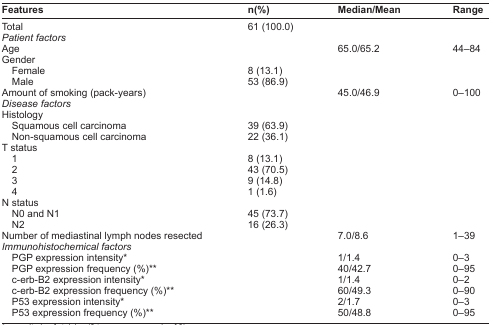
<table><thead><tr><td><b>Features</b></td><td><b>n(%)</b></td><td><b>Median/Mean</b></td><td><b>Range</b></td></tr></thead><tbody><tr><td>Total</td><td>61 (100.0)</td><td></td><td></td></tr><tr><td colspan="4"><i>Patient factors</i></td></tr><tr><td>Age</td><td></td><td>65.0/65.2</td><td>44–84</td></tr><tr><td colspan="4">Gender</td></tr><tr><td> Female</td><td>8 (13.1)</td><td></td><td></td></tr><tr><td> Male</td><td>53 (86.9)</td><td></td><td></td></tr><tr><td>Amount of smoking (pack-years)</td><td></td><td>45.0/46.9</td><td>0–100</td></tr><tr><td colspan="4"><i>Disease factors</i></td></tr><tr><td colspan="4">Histology</td></tr><tr><td> Squamous cell carcinoma</td><td>39 (63.9)</td><td></td><td></td></tr><tr><td> Non-squamous cell carcinoma</td><td>22 (36.1)</td><td></td><td></td></tr><tr><td colspan="4">T status</td></tr><tr><td> 1</td><td>8 (13.1)</td><td></td><td></td></tr><tr><td> 2</td><td>43 (70.5)</td><td></td><td></td></tr><tr><td> 3</td><td>9 (14.8)</td><td></td><td></td></tr><tr><td> 4</td><td>1 (1.6)</td><td></td><td></td></tr><tr><td colspan="4">N status</td></tr><tr><td> N0 and N1</td><td>45 (73.7)</td><td></td><td></td></tr><tr><td> N2</td><td>16 (26.3)</td><td></td><td></td></tr><tr><td>Number of mediastinal lymph nodes resected</td><td></td><td>7.0/8.6</td><td>1–39</td></tr><tr><td colspan="4"><i>Immunohistochemical factors</i></td></tr><tr><td> PGP expression intensity*</td><td></td><td>1/1.4</td><td>0–3</td></tr><tr><td> PGP expression frequency (%)**</td><td></td><td>40/42.7</td><td>0–95</td></tr><tr><td> c-erb-B2 expression intensity*</td><td></td><td>1/1.4</td><td>0–2</td></tr><tr><td> c-erb-B2 expression frequency (%)**</td><td></td><td>60/49.3</td><td>0–90</td></tr><tr><td> P53 expression intensity*</td><td></td><td>2/1.7</td><td>0–3</td></tr><tr><td> P53 expression frequency (%)**</td><td></td><td>50/48.8</td><td>0–95</td></tr></tbody></table>